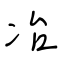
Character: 冶